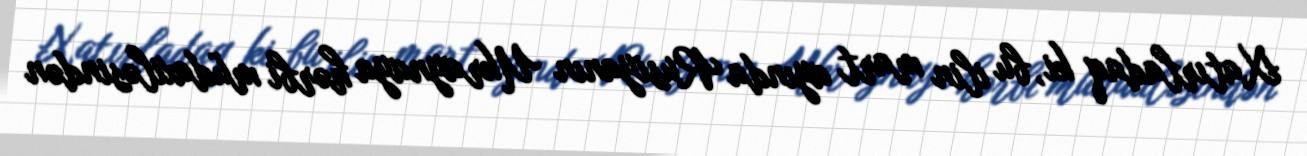
Xatırladaq ki, bu ilin mart ayında Rusiyanın Ukraynaya hərbi müdaxiləsindən